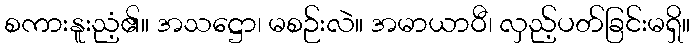
စကားနူးညံ့၏။ အသဋ္ဌော၊ မစဉ်းလဲ။ အမာယာဝီ၊ လှည့်ပတ်ခြင်းမရှိ။